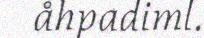
åhpadiml.